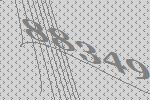
88349